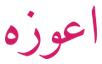
اعوزه